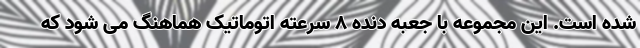
شده است. این مجموعه با جعبه دنده 8 سرعته اتوماتیک هماهنگ می شود که